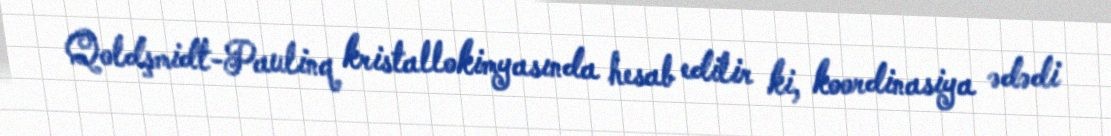
Qoldşmidt-Paulinq kristallokimyasında hesab edilir ki, koordinasiya ədədi